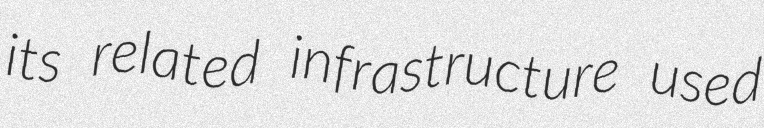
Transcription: its related infrastructure used